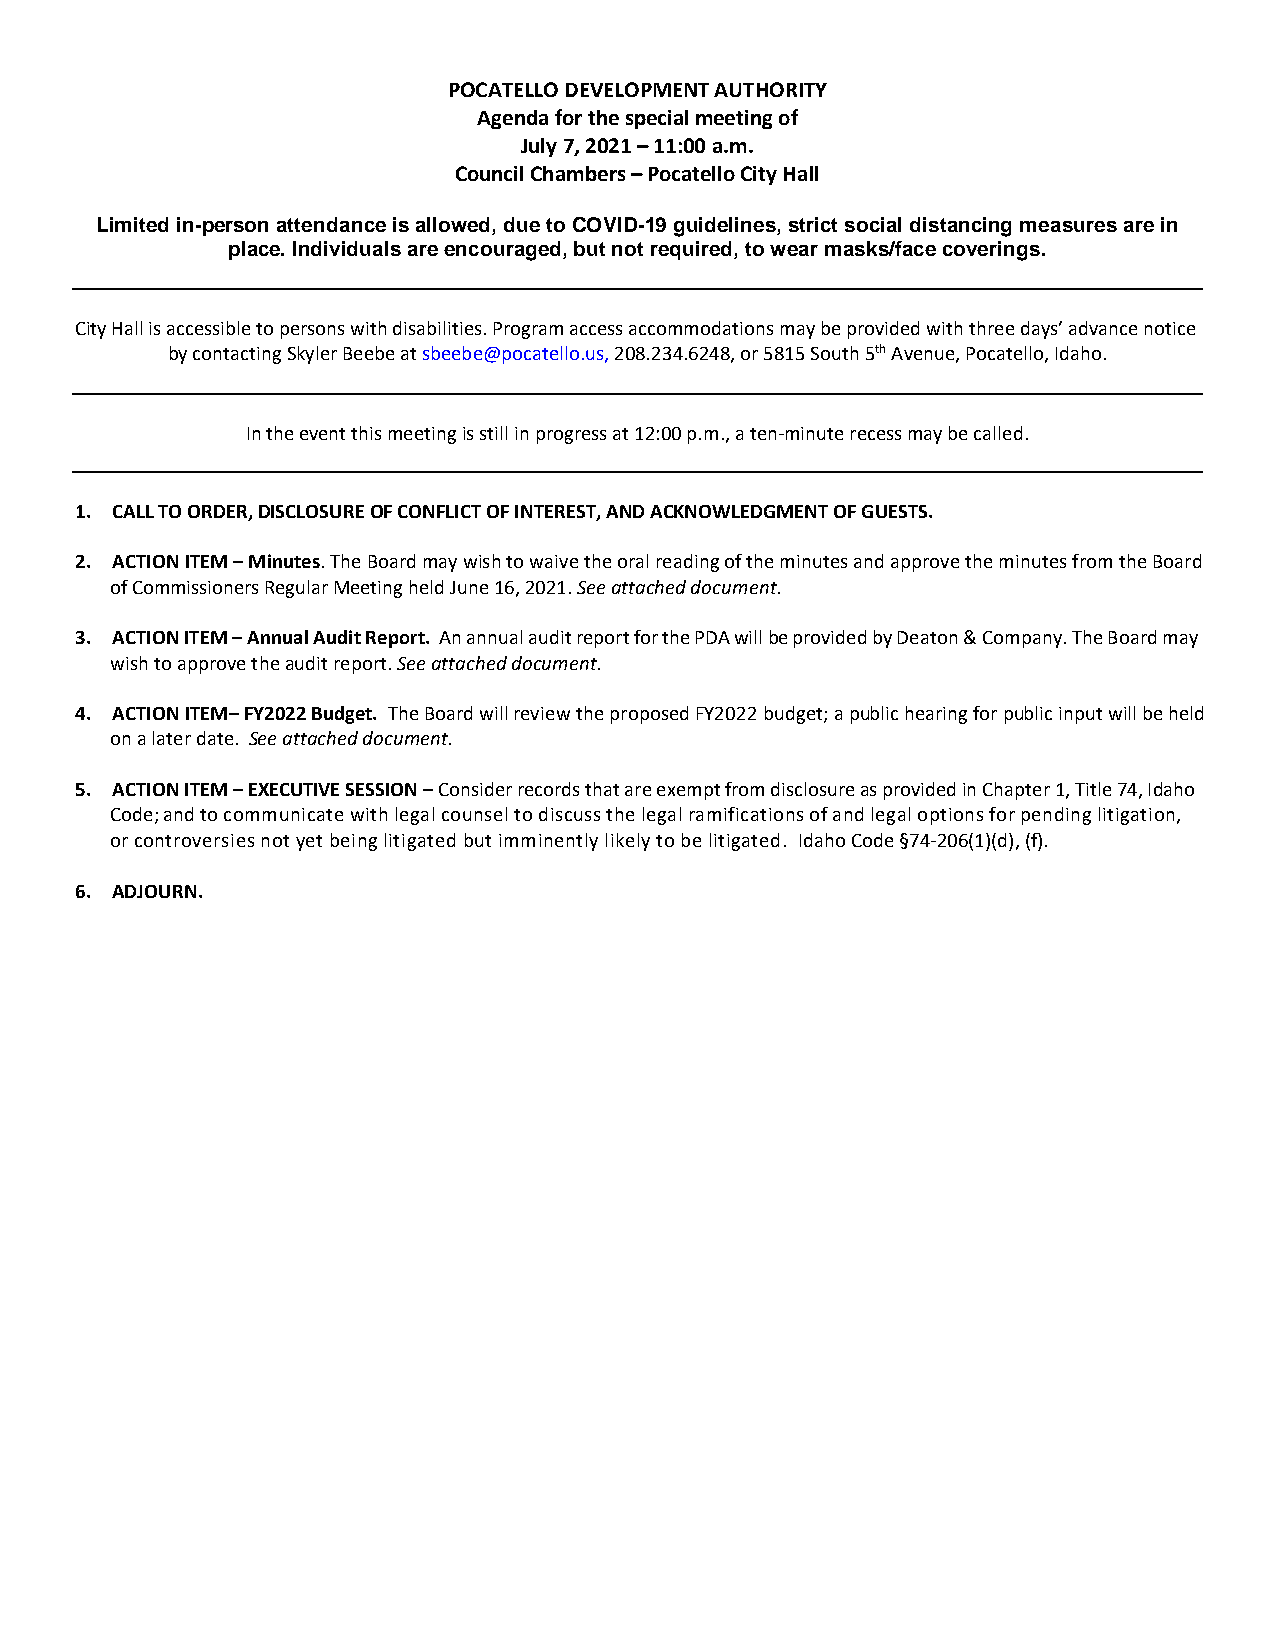
POCATELLO DEVELOPMENT AUTHORITY
 Agenda for the special meeting of
 July 7, 2021 – 11:00 a.m.
 Council Chambers – Pocatello City Hall
 Limited in-person attendance is allowed, due to COVID-19 guidelines, strict social distancing measures are in
 place. Individuals are encouraged, but not required, to wear masks/face coverings.
 City Hall is accessible to persons with disabilities. Program access accommodations may be provided with three days’ advance notice
 by contacting Skyler Beebe at sbeebe@pocatello.us, 208.234.6248, or 5815 South 5th Avenue, Pocatello, Idaho.
 In the event this meeting is still in progress at 12:00 p.m., a ten-minute recess may be called.
 1. CALL TO ORDER, DISCLOSURE OF CONFLICT OF INTEREST, AND ACKNOWLEDGMENT OF GUESTS.
 2. ACTION ITEM – Minutes. The Board may wish to waive the oral reading of the minutes and approve the minutes from the Board
 of Commissioners Regular Meeting held June 16, 2021. See attached document.
 3. ACTION ITEM – Annual Audit Report. An annual audit report for the PDA will be provided by Deaton & Company. The Board may
 wish to approve the audit report. See attached document.
 4. ACTION ITEM– FY2022 Budget. The Board will review the proposed FY2022 budget; a public hearing for public input will be held
 on a later date. See attached document.
 5. ACTION ITEM – EXECUTIVE SESSION – Consider records that are exempt from disclosure as provided in Chapter 1, Title 74, Idaho
 Code; and to communicate with legal counsel to discuss the legal ramifications of and legal options for pending litigation,
 or controversies not yet being litigated but imminently l ikely to be litigated. Idaho Code §74-206(1)(d), (f).
 6. ADJOURN.